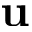
\mathbf { u }